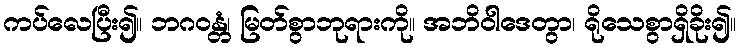
ကပ်လေပြီး၍။ ဘဂဝန္တံ၊ မြတ်စွာဘုရားကို။ အဘိဝါဒေတွာ၊ ရိုသေစွာရှိခိုး၍။